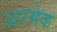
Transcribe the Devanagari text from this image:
अरमेक